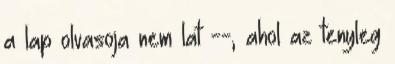
a lap olvasoja nem lat --, ahol az tenyleg